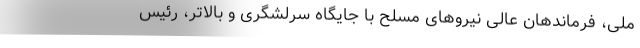
ملی، فرماندهان عالی نیروهای مسلح با جایگاه سرلشگری و بالاتر، رئیس